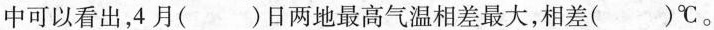
中可以看出，4月( )日两地最高气温相差最大，相差( )℃。